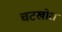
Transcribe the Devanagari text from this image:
चटखोरा